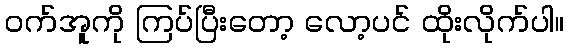
ဝက်အူကို ကြပ်ပြီးတော့ လော့ပင် ထိုးလိုက်ပါ။